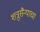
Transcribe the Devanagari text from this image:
शत्रुसैन्याचा